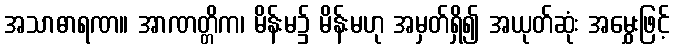
အသာဓာရဏ။ အာဏတ္တိက၊ မိန်းမ၌ မိန်းမဟု အမှတ်ရှိ၍ အယုတ်ဆုံး အမွှေးဖြင့်